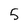
Character: 5